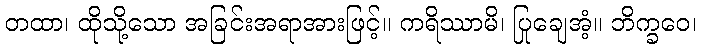
တထာ၊ ထိုသို့သော အခြင်းအရာအားဖြင့်။ ကရိဿာမိ၊ ပြုချေအံ့။ ဘိက္ခဝေ၊